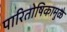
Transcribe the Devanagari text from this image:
पारितोषिकामुळे